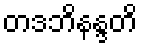
တဒဘိနန္ဒတိ